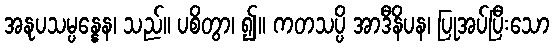
အနုပသမ္ပန္နေန၊ သည်။ ပစိတွာ၊ ၍။ ကတသပ္ပိ အာဒီနိပန၊ ပြုအပ်ပြီးသော